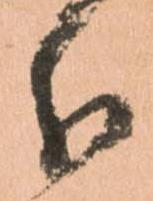
分